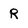
Character: R